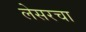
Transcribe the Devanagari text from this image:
लेसरचा